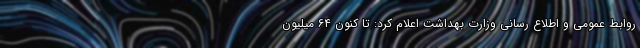
روابط عمومی و اطلاع رسانی وزارت بهداشت اعلام کرد: تا کنون ۶۴ میلیون